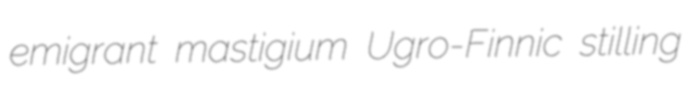
emigrant mastigium Ugro-Finnic stilling